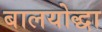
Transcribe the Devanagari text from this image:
बालयोद्धा